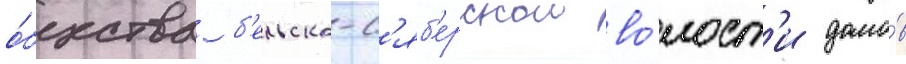
о́бщества б'ельско-с'яб'ерскои во́лост'и домо́в